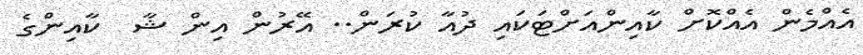
އެއްމެން އެއްކޮށް ކާއިންއަށްޓަކައި ދުއާ ކުރަން.. އޭރުން އިން ޝާ  ކާއިންގެ